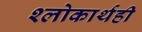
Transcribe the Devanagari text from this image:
श्लोकार्थही